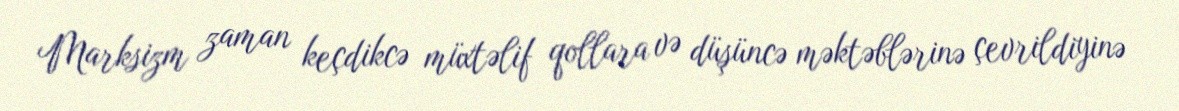
Marksizm zaman keçdikcə müxtəlif qollara və düşüncə məktəblərinə çevrildiyinə